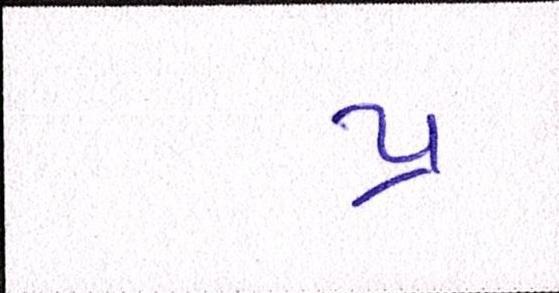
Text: પ્ર